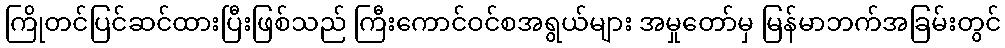
ကြိုတင်ပြင်ဆင်ထားပြီးဖြစ်သည် ကြီးကောင်ဝင်စအရွယ်များ အမှုတော်မှ မြန်မာဘက်အခြမ်းတွင်